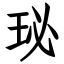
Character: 珌